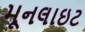
મૂનલાઇટ